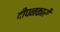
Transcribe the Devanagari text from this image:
दीपनकारी